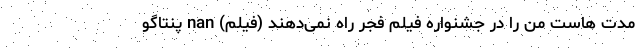
مدت هاست من را در جشنواره فیلم فجر راه نمی‌دهند (فیلم) nan پنتاگو